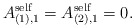
\begin{align*}A_{(1),1}^{\rm self} = A_{(2),1}^{\rm self}=0.\end{align*}